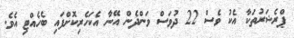
ޕްރެޝަރުތަކާ އެކު ވެސް 22 ދުވަސް ވަންދެން އޭނާ އެކަހެރިކޮށްފައި ބެހެއްޓި އެވެ.